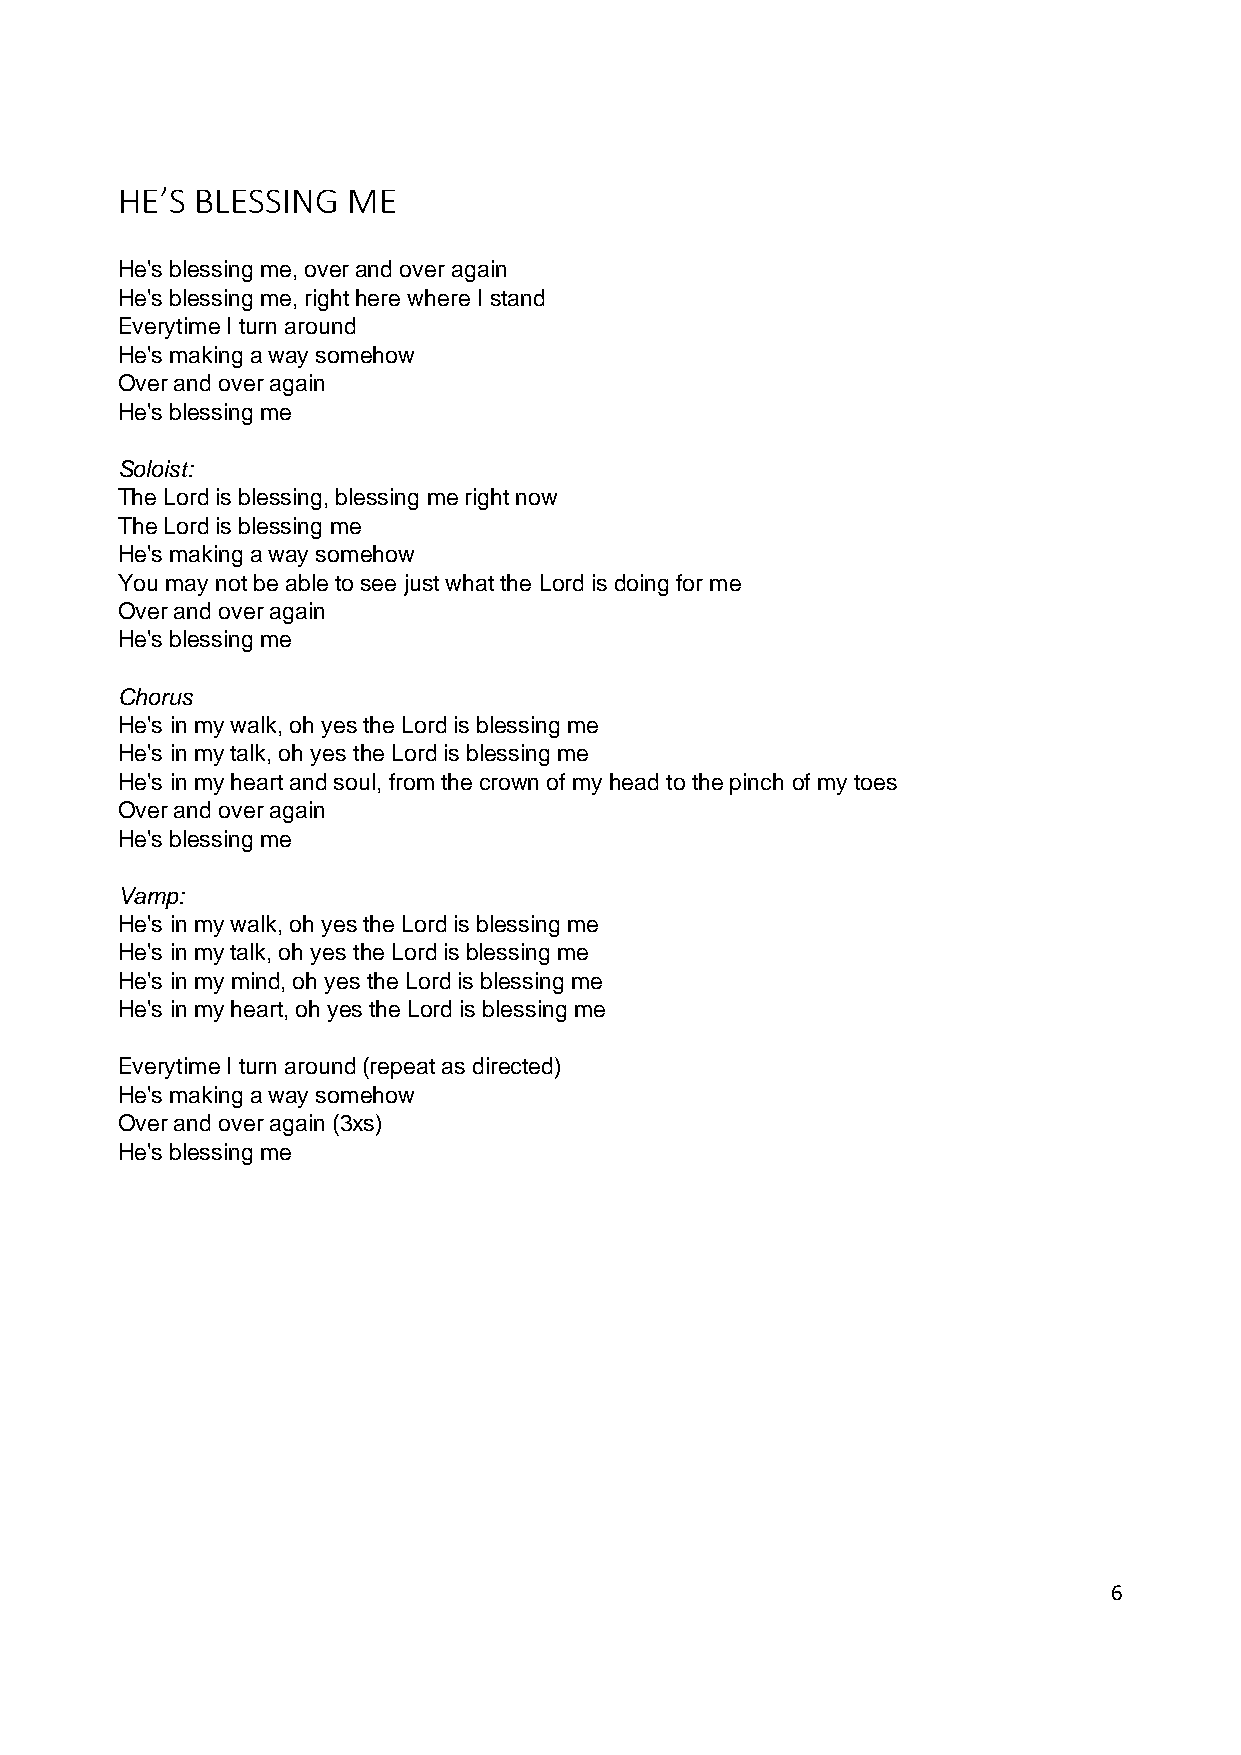
HE’S BLESSING  ME
 He's blessing me, over and over again
 He's blessing me, right here where I stand
 Everytime I turn around
 He's making a way somehow
 Over and over again
 He's blessing me
 Soloist:
 The Lord is blessing, blessing me right now
 The Lord is blessing me
 He's making a way somehow
 You may not be able to see just what the Lord is doing for me
 Over and over again
 He's blessing me
 Chorus
 He's in my walk, oh yes the Lord is blessing me
 He's in my talk, oh yes the Lord is blessing me
 He's in my heart and soul, from the crown of my head to the pinch of my toes
 Over and over again
 He's blessing me
 Vamp:
 He's in my walk, oh yes the Lord is blessing me
 He's in my talk, oh yes the Lord is blessing me
 He's in my mind, oh yes the Lord is blessing me
 He's in my heart, oh yes the Lord is blessing me
 Everytime I turn around (repeat as directed)
 He's making a way somehow
 Over and over again (3xs)
 He's blessing me
 6